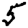
Digit: 5